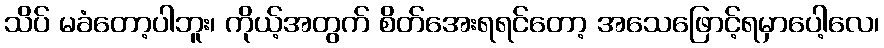
သိပ် မခံတော့ပါဘူး၊ ကိုယ့်အတွက် စိတ်အေးရရင်တော့ အသေဖြောင့်ရမှာပေါ့လေ၊